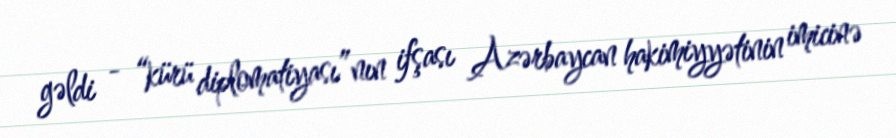
gəldi - “kürü diplomatiyası”nın ifşası Azərbaycan hakimiyyətinin imicinə